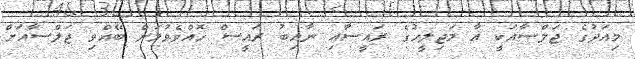
މިއަދުގެ ޖަލްސާއަކީ އާ މަޖިލީހުގެ ރައީސާއި ނާއިބު ރައީސް ހޮއްވެވުމަށް ބޭއްވި ޖަލްސާއަށް